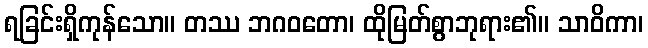
ရခြင်းရှိကုန်သော။ တဿ ဘဂဝတော၊ ထိုမြတ်စွာဘုရား၏။ သာဝိကာ၊